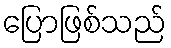
ပြောဖြစ်သည်